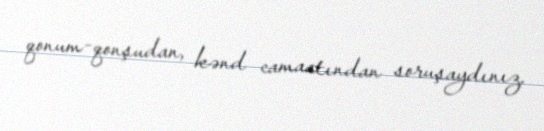
qonum-qonşudan, kənd camaatından soruşaydınız.